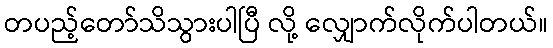
တပည့်တော်သိသွားပါပြီ လို့ လျှောက်လိုက်ပါတယ်။